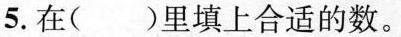
5.在()里填上合适的数。